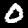
Digit: 0